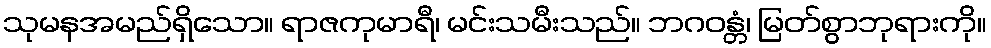
သုမနအမည်ရှိသော။ ရာဇကုမာရီ၊ မင်းသမီးသည်။ ဘဂဝန္တံ၊ မြတ်စွာဘုရားကို။